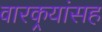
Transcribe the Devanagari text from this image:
वारकर्‍यांसह